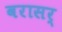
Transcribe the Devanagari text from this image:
वरासर्